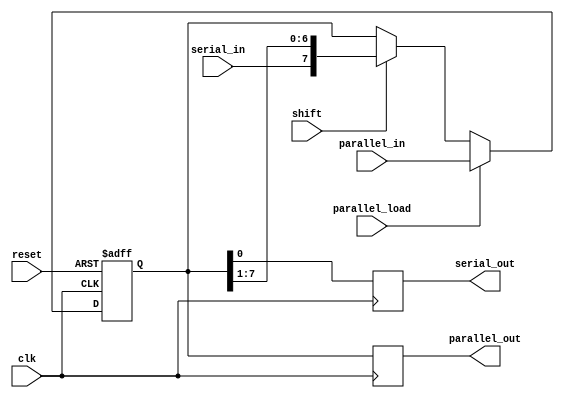
module ShiftRegister (
    input wire clk,            // Clock signal
    input wire reset,          // Reset signal
    input wire shift,          // Shift enable signal
    input wire parallel_load,   // Parallel load enable signal
    input wire [7:0] parallel_in, // Parallel input data
    input wire serial_in,      // Serial input data
    output reg [7:0] parallel_out, // Parallel output data
    output reg serial_out      // Serial output data
);
    reg [7:0] shift_reg;      // Internal shift register

    always @(posedge clk or posedge reset) begin
        if (reset) begin
            shift_reg <= 8'b0; // Clear the register on reset
        end else if (parallel_load) begin
            shift_reg <= parallel_in; // Load parallel data
        end else if (shift) begin
            shift_reg <= {serial_in, shift_reg[7:1]}; // Shift right
        end
    end

    // Output logic
    always @(posedge clk) begin
        parallel_out <= shift_reg; // Output parallel data
        serial_out <= shift_reg[0]; // Output serial data
    end
endmodule